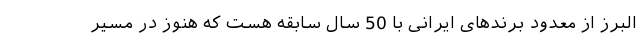
البرز از معدود برندهای ایرانی با 50 سال سابقه هست که هنوز در مسیر